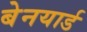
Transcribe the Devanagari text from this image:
बेनयार्ड